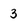
Character: 3